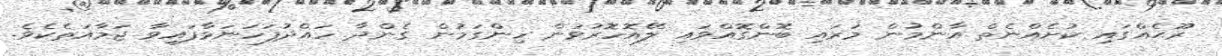
ރޫޙެއްގައި ކުށެއްނެތް އާންމުން މަރައި ބޮންގޮއްވައި ލޭއޮހޮރުވުން ހިންގަމުން ގެންދާ ހައްދުފަހަނަޅާފައިވާ ޖަމާއަތެކެވެ.